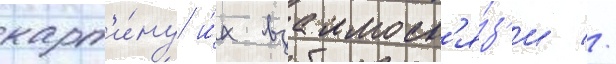
карт'и́ну и́х взаимосв'я́з'и //